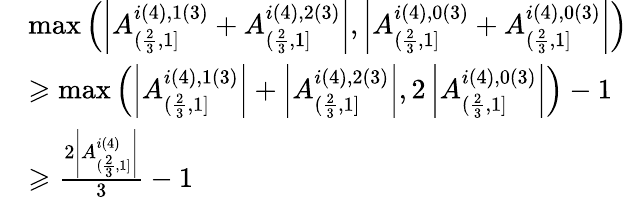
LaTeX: \begin{array}{rl}&{\operatorname*{max}\left(\left|A_{(\frac{2}{3},1]}^{i(4),1(3)}+A_{(\frac{2}{3},1]}^{i(4),2(3)}\right|,\left|A_{(\frac{2}{3},1]}^{i(4),0(3)}+A_{(\frac{2}{3},1]}^{i(4),0(3)}\right|\right)}\\ &{\geqslant\operatorname*{max}\left(\left|A_{(\frac{2}{3},1]}^{i(4),1(3)}\right|+\left|A_{(\frac{2}{3},1]}^{i(4),2(3)}\right|,2\left|A_{(\frac{2}{3},1]}^{i(4),0(3)}\right|\right)-1}\\ &{\geqslant\frac{2\left|A_{(\frac{2}{3},1]}^{i(4)}\right|}{3}-1}\end{array}